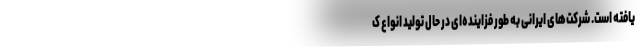
یافته است. شرکت‌های ایرانی به طور فزاینده‌ای در حال تولید انواع ک